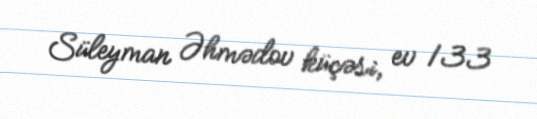
Süleyman Əhmədov küçəsi, ev 133